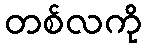
တစ်လကို